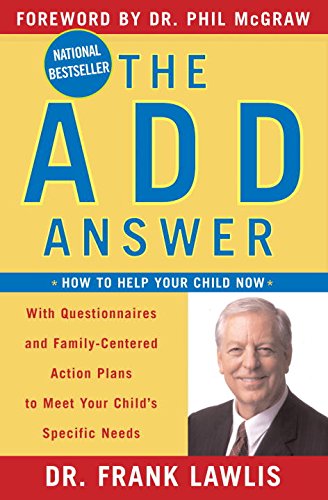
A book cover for The ADD Answer: How to Help Your Child Now; Frank Lawlis; Health, Fitness & Dieting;